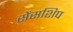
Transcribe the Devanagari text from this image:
सेंसशिप